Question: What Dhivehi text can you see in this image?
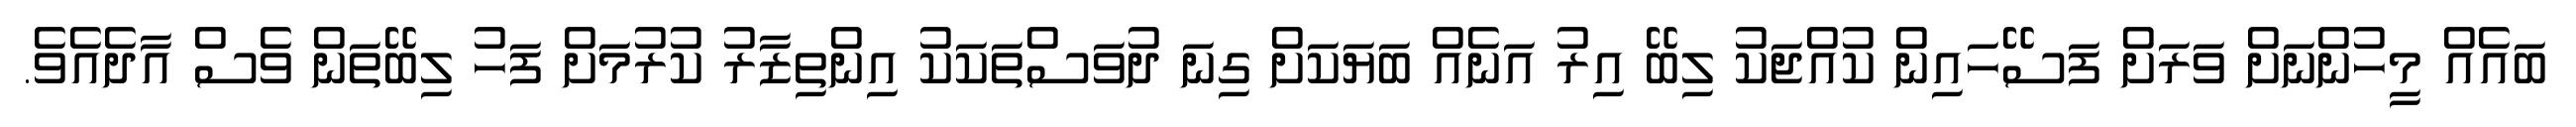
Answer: ބައެއް މީހުންނަށް ވަރަށް ފަސޭހައިން ކުއްޖަކު ލިބޭ އިރު އަނެއް ބަޔަކަށް ގިނަ ދުވަސްތަކަކު އިންތިޒާރު ކުރުމަށް ފަހު ލިބޭތަން ވެސް އާދެއެވެ.